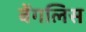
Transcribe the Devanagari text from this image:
बेंगलिस